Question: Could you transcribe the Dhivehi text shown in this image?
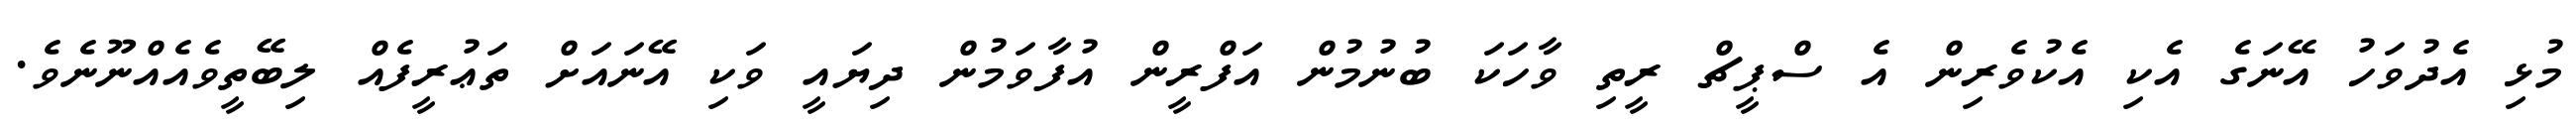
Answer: މުޅި އެދުވަހު އޭނަގެ އެކި އެކުވެރިން އެ ސްޕީޗް ރީތި ވާހަކަ ބުނުމުން އަފްރީން އުފާވަމުން ދިޔައީ ވަކި އޭނައަށް ތަޢުރީފެއް ލިބޭތީވެއެއްނޫނެވެ.